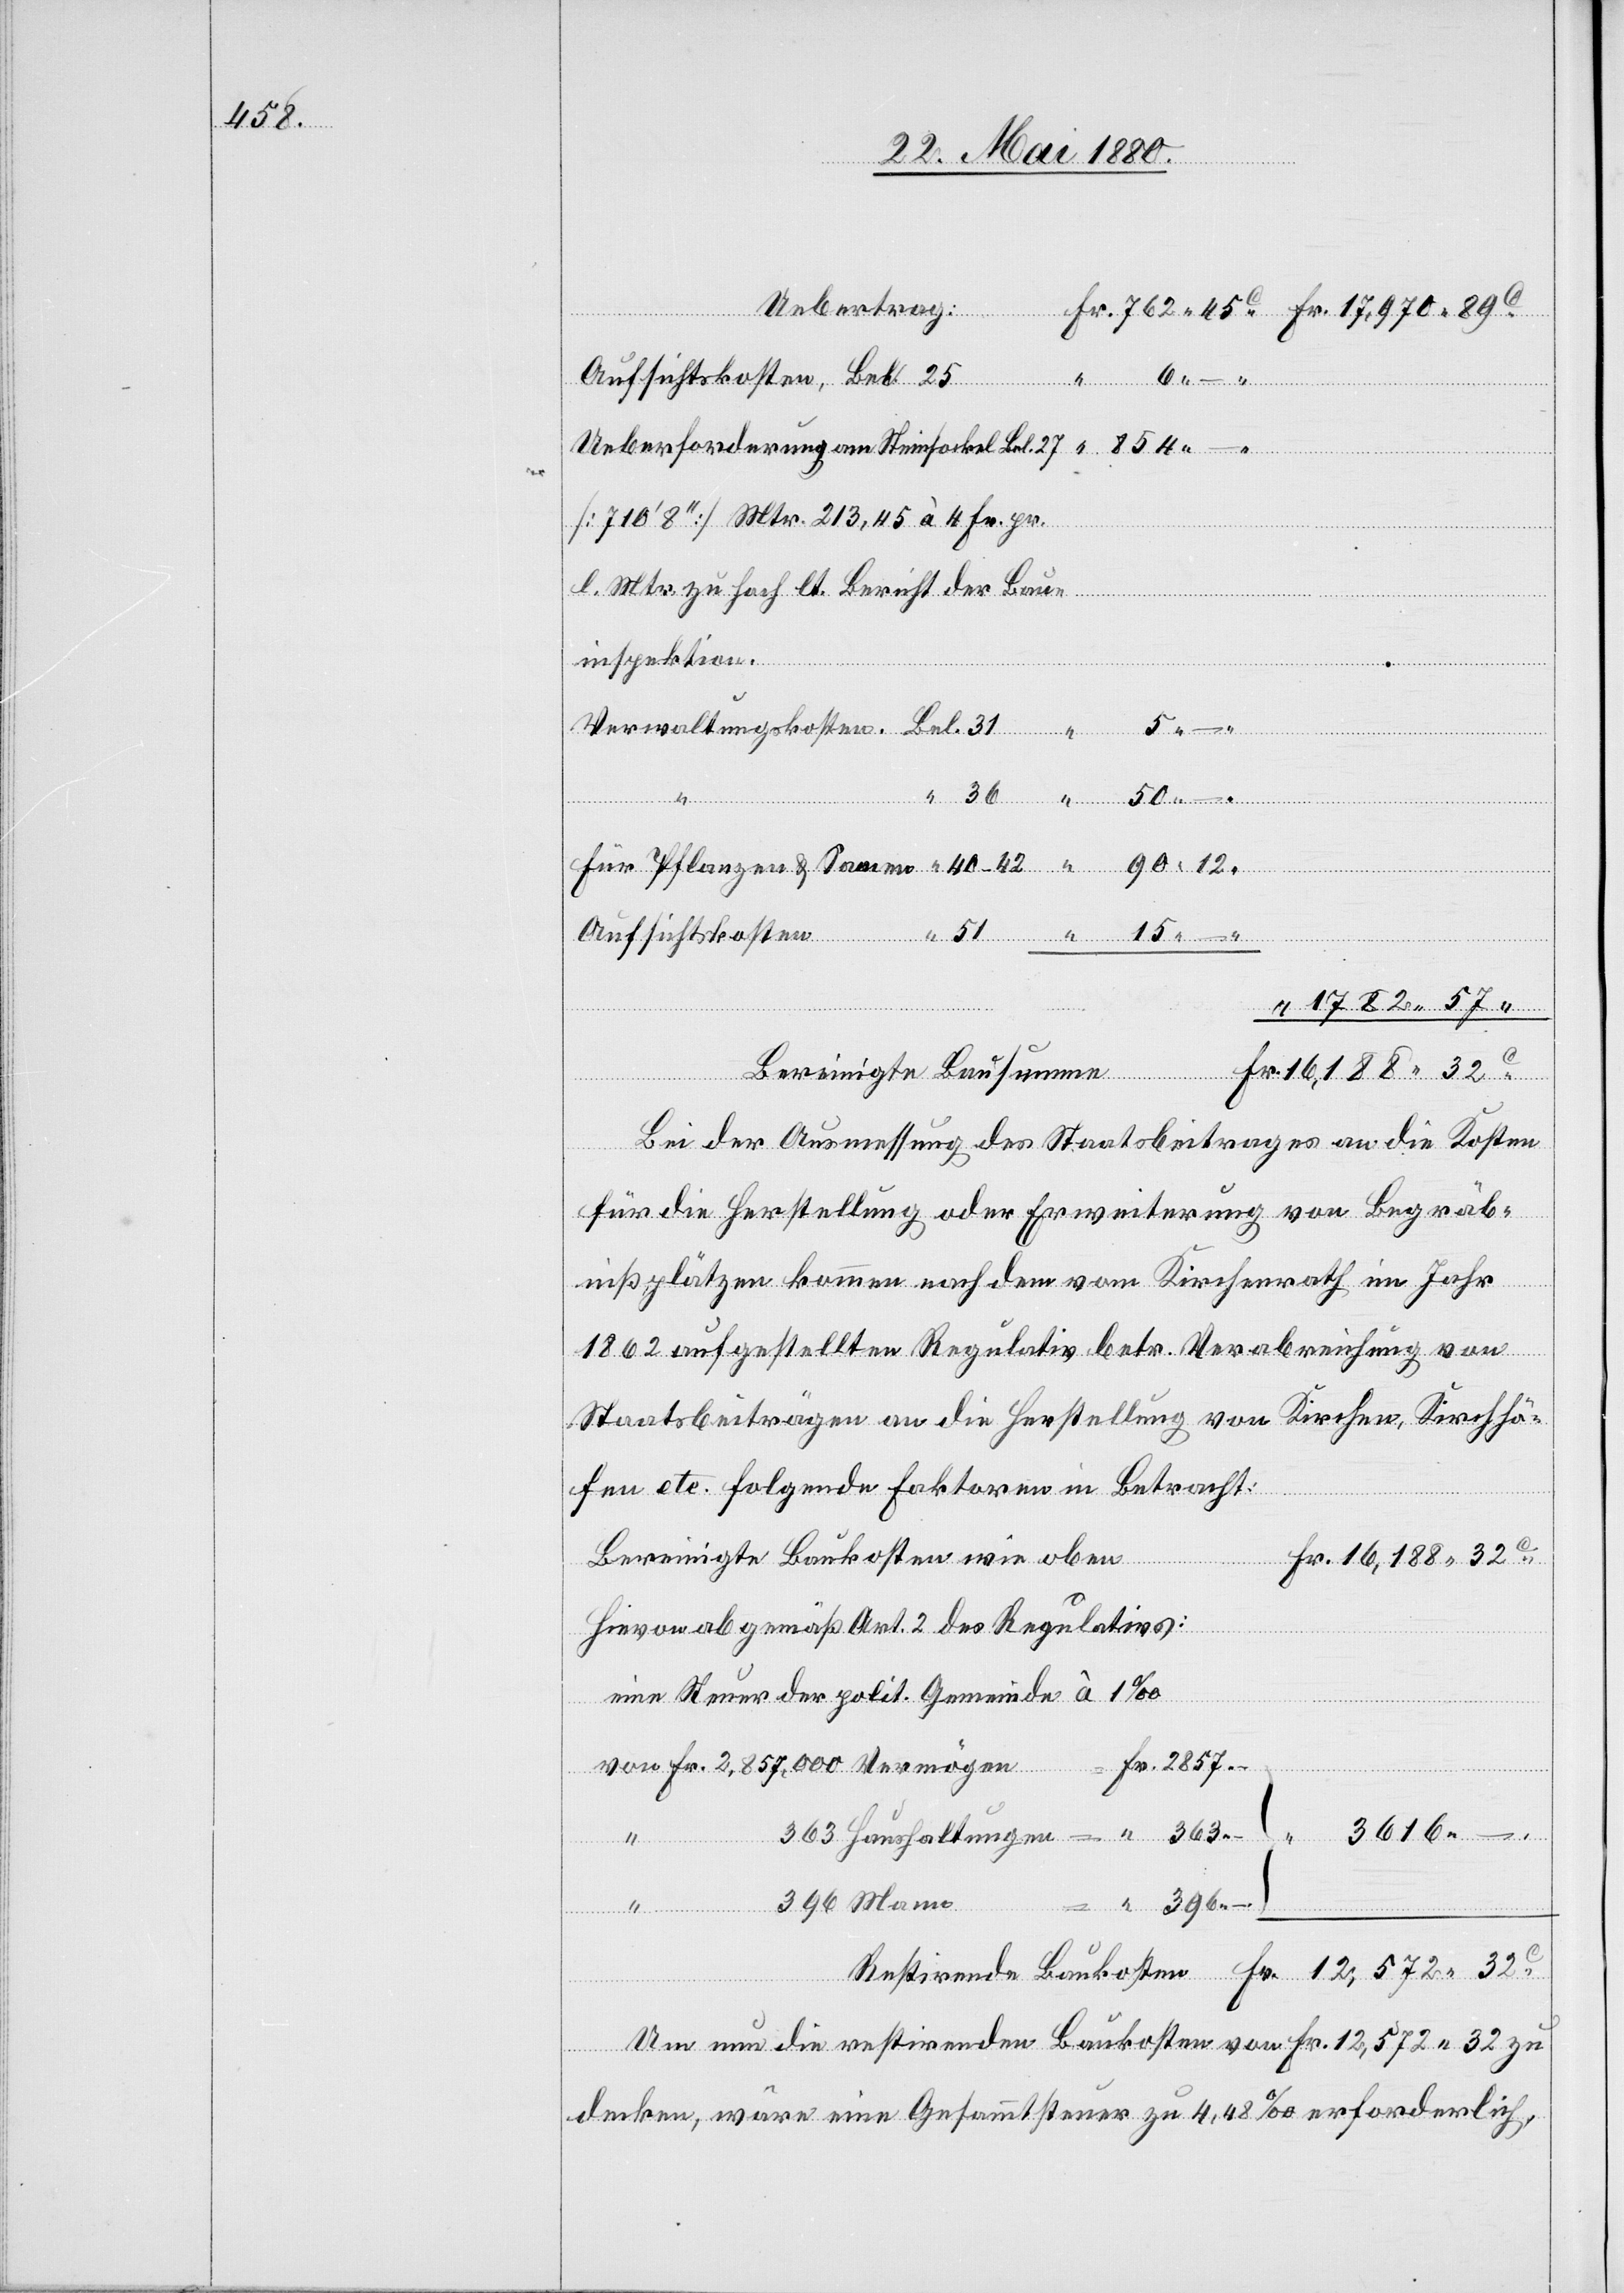
2857.

“

[710‘ 8‘‘] Mtr. 213,34 à 4 Fr. pr.
l. Mtr. zu hoch lt. Bericht der Bau¬
ngskosten.
inspektion.
de Baukosten
ungen
32
Aufsichtskosten
Bereinigte Bausumme
Restiren¬
Bei der Ausmessung des Staatsbeitrages an die Kosten
für die Herstellung oder Erweiterung von Begräb¬
nißplätzen kommen nach dem vom Kirchenrath im Jahr
–
1862 aufgestellten Regulativ betr. Verabreichung von
Staatsbeiträgen an die Herstellung von Kirchen, Kirchhö¬
fen etc. folgende Faktoren in Betracht:
Bereinigte Baukosten wie oben
32
Hievon ab gemäß Art. 2 des Regulativs:
eine Steuer der polit. Gemeinde à 1‰
von Fr. 2,857,000 Vermögen
–
“
3616.
Fr.
396 Mann
396.
Um nun die restirenden Baukosten von Fr. 12,572.32 zu
decken, wäre eine Gesammtsteuer zu 4,48‰ erforderlich,